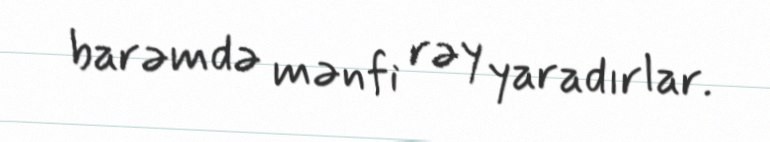
barəmdə mənfi rəy yaradırlar.